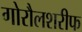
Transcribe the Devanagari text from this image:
गोरौलशरीफ